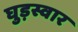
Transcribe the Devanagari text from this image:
घुड़स्वार